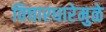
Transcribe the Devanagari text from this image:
विचारधारेमुळे